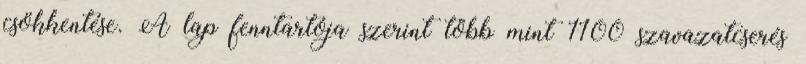
csökkentése. A lap fenntartója szerint több mint 1100 szavazatcserés